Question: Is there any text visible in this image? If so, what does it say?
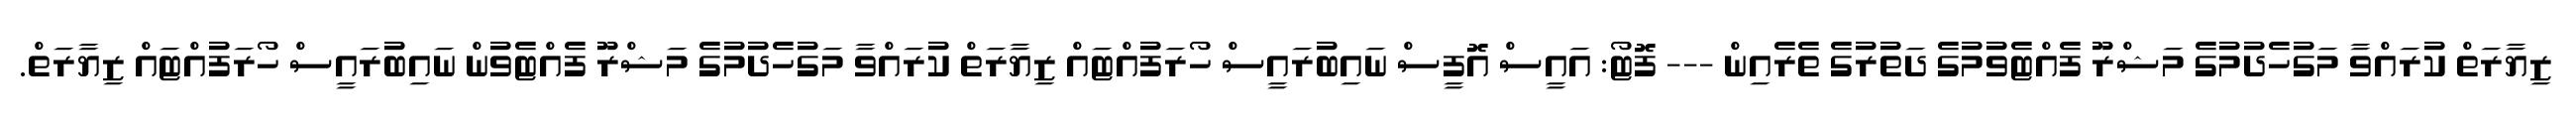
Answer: ޒިޔާރަތް ކުރައްވާ މަގުހެދުމުގެ މަޝްރޫ ފެއްޓެވުމުގެ ދަތުރުގެ ތެރެއިން --- ފޮޓޯ: އައީސް އޮފީސް ނައިބުރައީސް ހޯރަފުއްޓައް ޒިޔާރަތް ކުރައްވާ މަގުހެދުމުގެ މަޝްރޫ ފެއްޓެވުން ނައިބުރައީސް ހޯރަފުއްޓައް ޒިޔާރަތް.